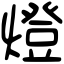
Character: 燈